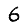
Digit: 6